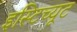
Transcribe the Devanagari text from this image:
इस्‍टिच्‍यूट